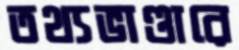
তথ্যভাণ্ডারে